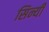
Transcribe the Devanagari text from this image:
सिन्यी